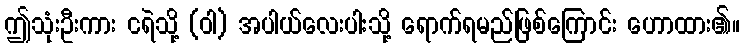
ဤသုံးဦးကား ငရဲသို့ (ဝါ) အပါယ်လေးပါးသို့ ရောက်ရမည်ဖြစ်ကြောင်း ဟောထား၏။